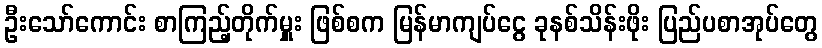
ဦးသော်ကောင်း စာကြည့်တိုက်မှူး ဖြစ်စက မြန်မာကျပ်ငွေ ခုနစ်သိန်းဖိုး ပြည်ပစာအုပ်တွေ